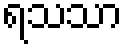
ရသသာ